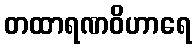
တထာရဏဝိဟာရေ